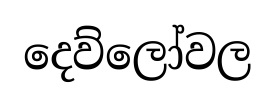
දෙව්ලෝවල